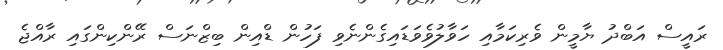
ރައީސް އަބްދު ޔާމީން ވެރިކަމާއި ހަވާލުވެވަޑައިގެންނެވި ފަހުން ޑްއިން ބިޒްނަސް ރޭންކިންގައި ރާއްޖެ